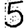
Digit: 5